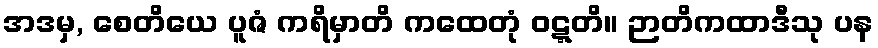
အဒမှ, စေတိယေ ပူဇံ ကရိမှာတိ ကထေတုံ ဝဋ္ဋတိ။ ဉာတိကထာဒီသု ပန